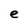
Character: e